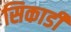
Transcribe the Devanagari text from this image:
सिकार्डी